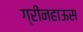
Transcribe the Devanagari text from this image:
ग्रीनहाऊस